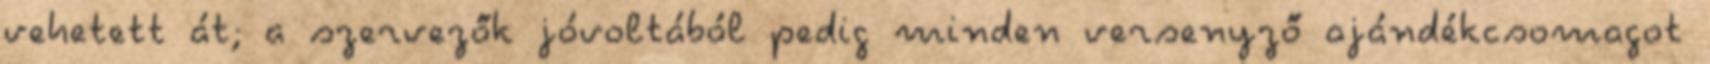
vehetett át; a szervezők jóvoltából pedig minden versenyző ajándékcsomagot